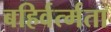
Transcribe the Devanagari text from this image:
बहिर्वर्त्मता